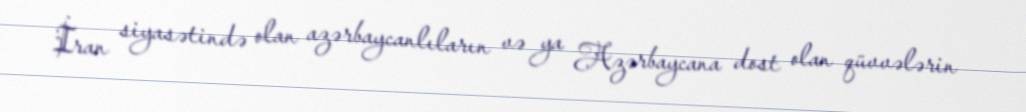
İran siyasətində olan azərbaycanlıların və ya Azərbaycana dost olan qüvvələrin